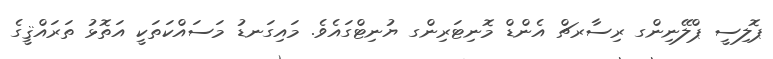
ޕޮލިސީ ޕްލޭނިންގ ރިސާރޗް އެންޑް މޮނިޓަރިންގ ޔުނިޓްގައެވެ. މައިގަނޑު މަސައްކަތަކީ އަތޮޅު ތަރައްޤީގެ